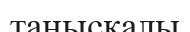
танысқалы